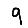
Digit: 9